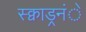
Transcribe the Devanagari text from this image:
स्क्वाड्रनंे